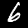
Digit: 6